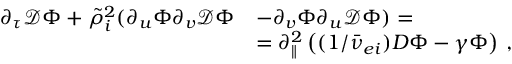
\begin{array} { r l } { \partial _ { \tau } \mathcal { D } \Phi + \tilde { \rho } _ { i } ^ { 2 } ( \partial _ { u } \Phi \partial _ { v } \mathcal { D } \Phi } & { - \partial _ { v } \Phi \partial _ { u } \mathcal { D } \Phi ) = } \\ & { = \partial _ { \parallel } ^ { 2 } \left( ( 1 / \bar { \nu } _ { e i } ) D \Phi - \gamma \Phi \right) \, , } \end{array}